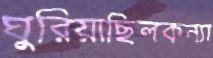
ঘুরিয়াছিলকন্যা